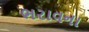
ભરાવના